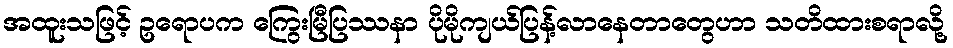
အထူးသဖြင့် ဥရောပက ကြွေးမြီပြဿနာ ပိုမိုကျယ်ပြန့်လာနေတာတွေဟာ သတိထားစရာလို့